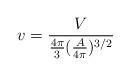
LaTeX: \begin{align*}v=\frac{V}{\frac{4 \pi}{3} (\frac{A}{4 \pi})^{3/2}}\end{align*}